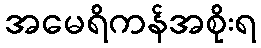
အမေရိကန်အစိုးရ